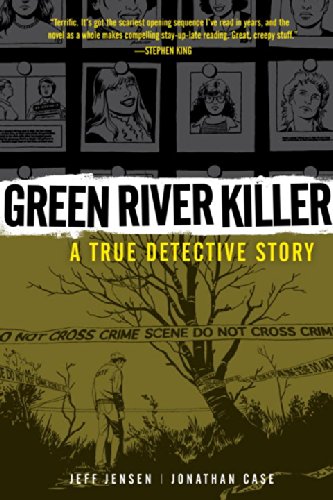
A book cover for Green River Killer: A True Detective Story; Jeff Jensen; Biographies & Memoirs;